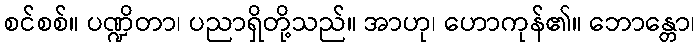
စင်စစ်။ ပဏ္ဍိတာ၊ ပညာရှိတို့သည်။ အာဟု၊ ဟောကုန်၏။ ဘောန္တော၊